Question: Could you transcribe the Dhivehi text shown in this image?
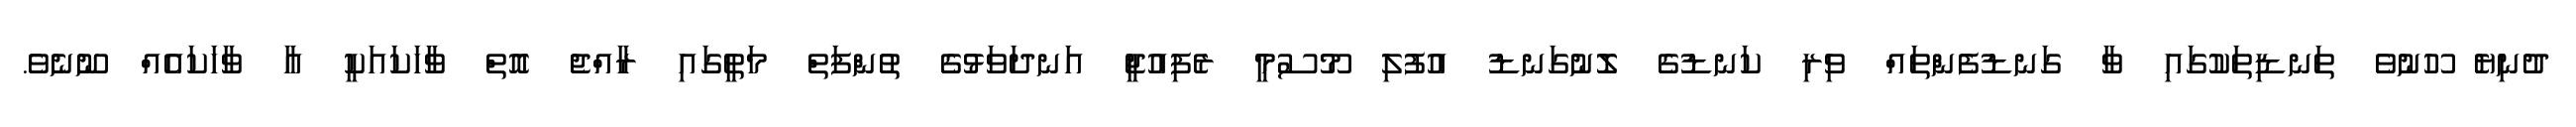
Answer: ދުނިޔެ ހޫނުވެ ތަނޑިތަކުގައި ވާ ގަނޑުފެންތައް ވިރި ކަނޑުގެ ލޮނުގަނޑު އުފުލި މޫސުމީ ރެފިއުޖީ އަނދަވަޅުގެ ތުންފަތް މަތީގައި ރާއްޖެ އޮތް ވާހަކައަކީ އާ ވާހަކައެއް ނޫނެވެ.